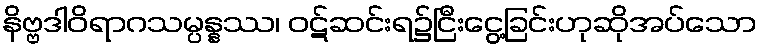
နိဗ္ဗဒါဝိရာဂသမ္ပန္နဿ၊ ဝဋ်ဆင်းရ၌ငြီးငွေ့ခြင်းဟုဆိုအပ်သော